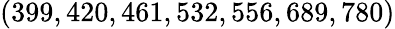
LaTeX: (399,420,461,532,556,689,780)